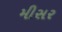
મીસર